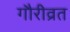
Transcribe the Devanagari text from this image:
गौरीव्रत